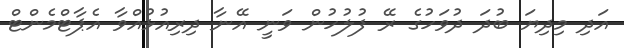
އަދި މިދިޔަ ބުދަ ދުވަހުގެ ރޭ ފުލުހުން ވަނީ އޭނާ ދިރިއުޅުއްވާ އެޕާޓްމެންޓް